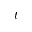
t